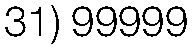
31) 99999